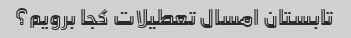
تابستان امسال تعطیلات کجا برویم؟